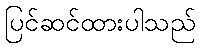
ပြင်ဆင်ထားပါသည်